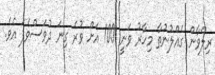
ރިލްވާން ގެއްލުނުތާ މިހާރު ވަނީ 100 އަށް ވުރެ ގިނަ ދުވަސްވެފަ އެވެ.